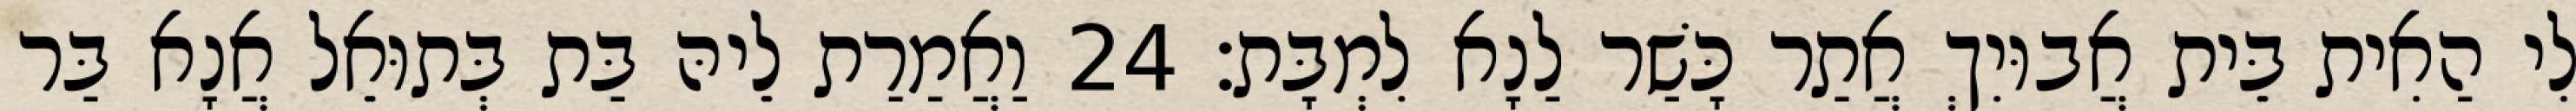
לִי הַאִית בֵּית אֲבוּיִךְ אֲתַר כָּשַׁר לַנָא לִמְבָּת׃ 24 וַאֲמַרַת לֵיהּ בַּת בְּתוּאֵל אֲנָא בַּר